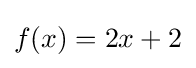
f(x)=2x+2